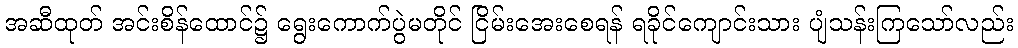
အဆီထုတ် အင်းစိန်ထောင်၌ ရွေးကောက်ပွဲမတိုင် ငြိမ်းအေးစေရန် ရခိုင်ကျောင်းသား ပျံသန်းကြသော်လည်း